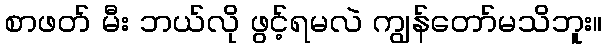
စာဖတ် မီး ဘယ်လို ဖွင့်ရမလဲ ကျွန်တော်မသိဘူး။